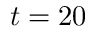
t = 2 0